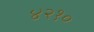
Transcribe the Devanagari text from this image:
४२१०